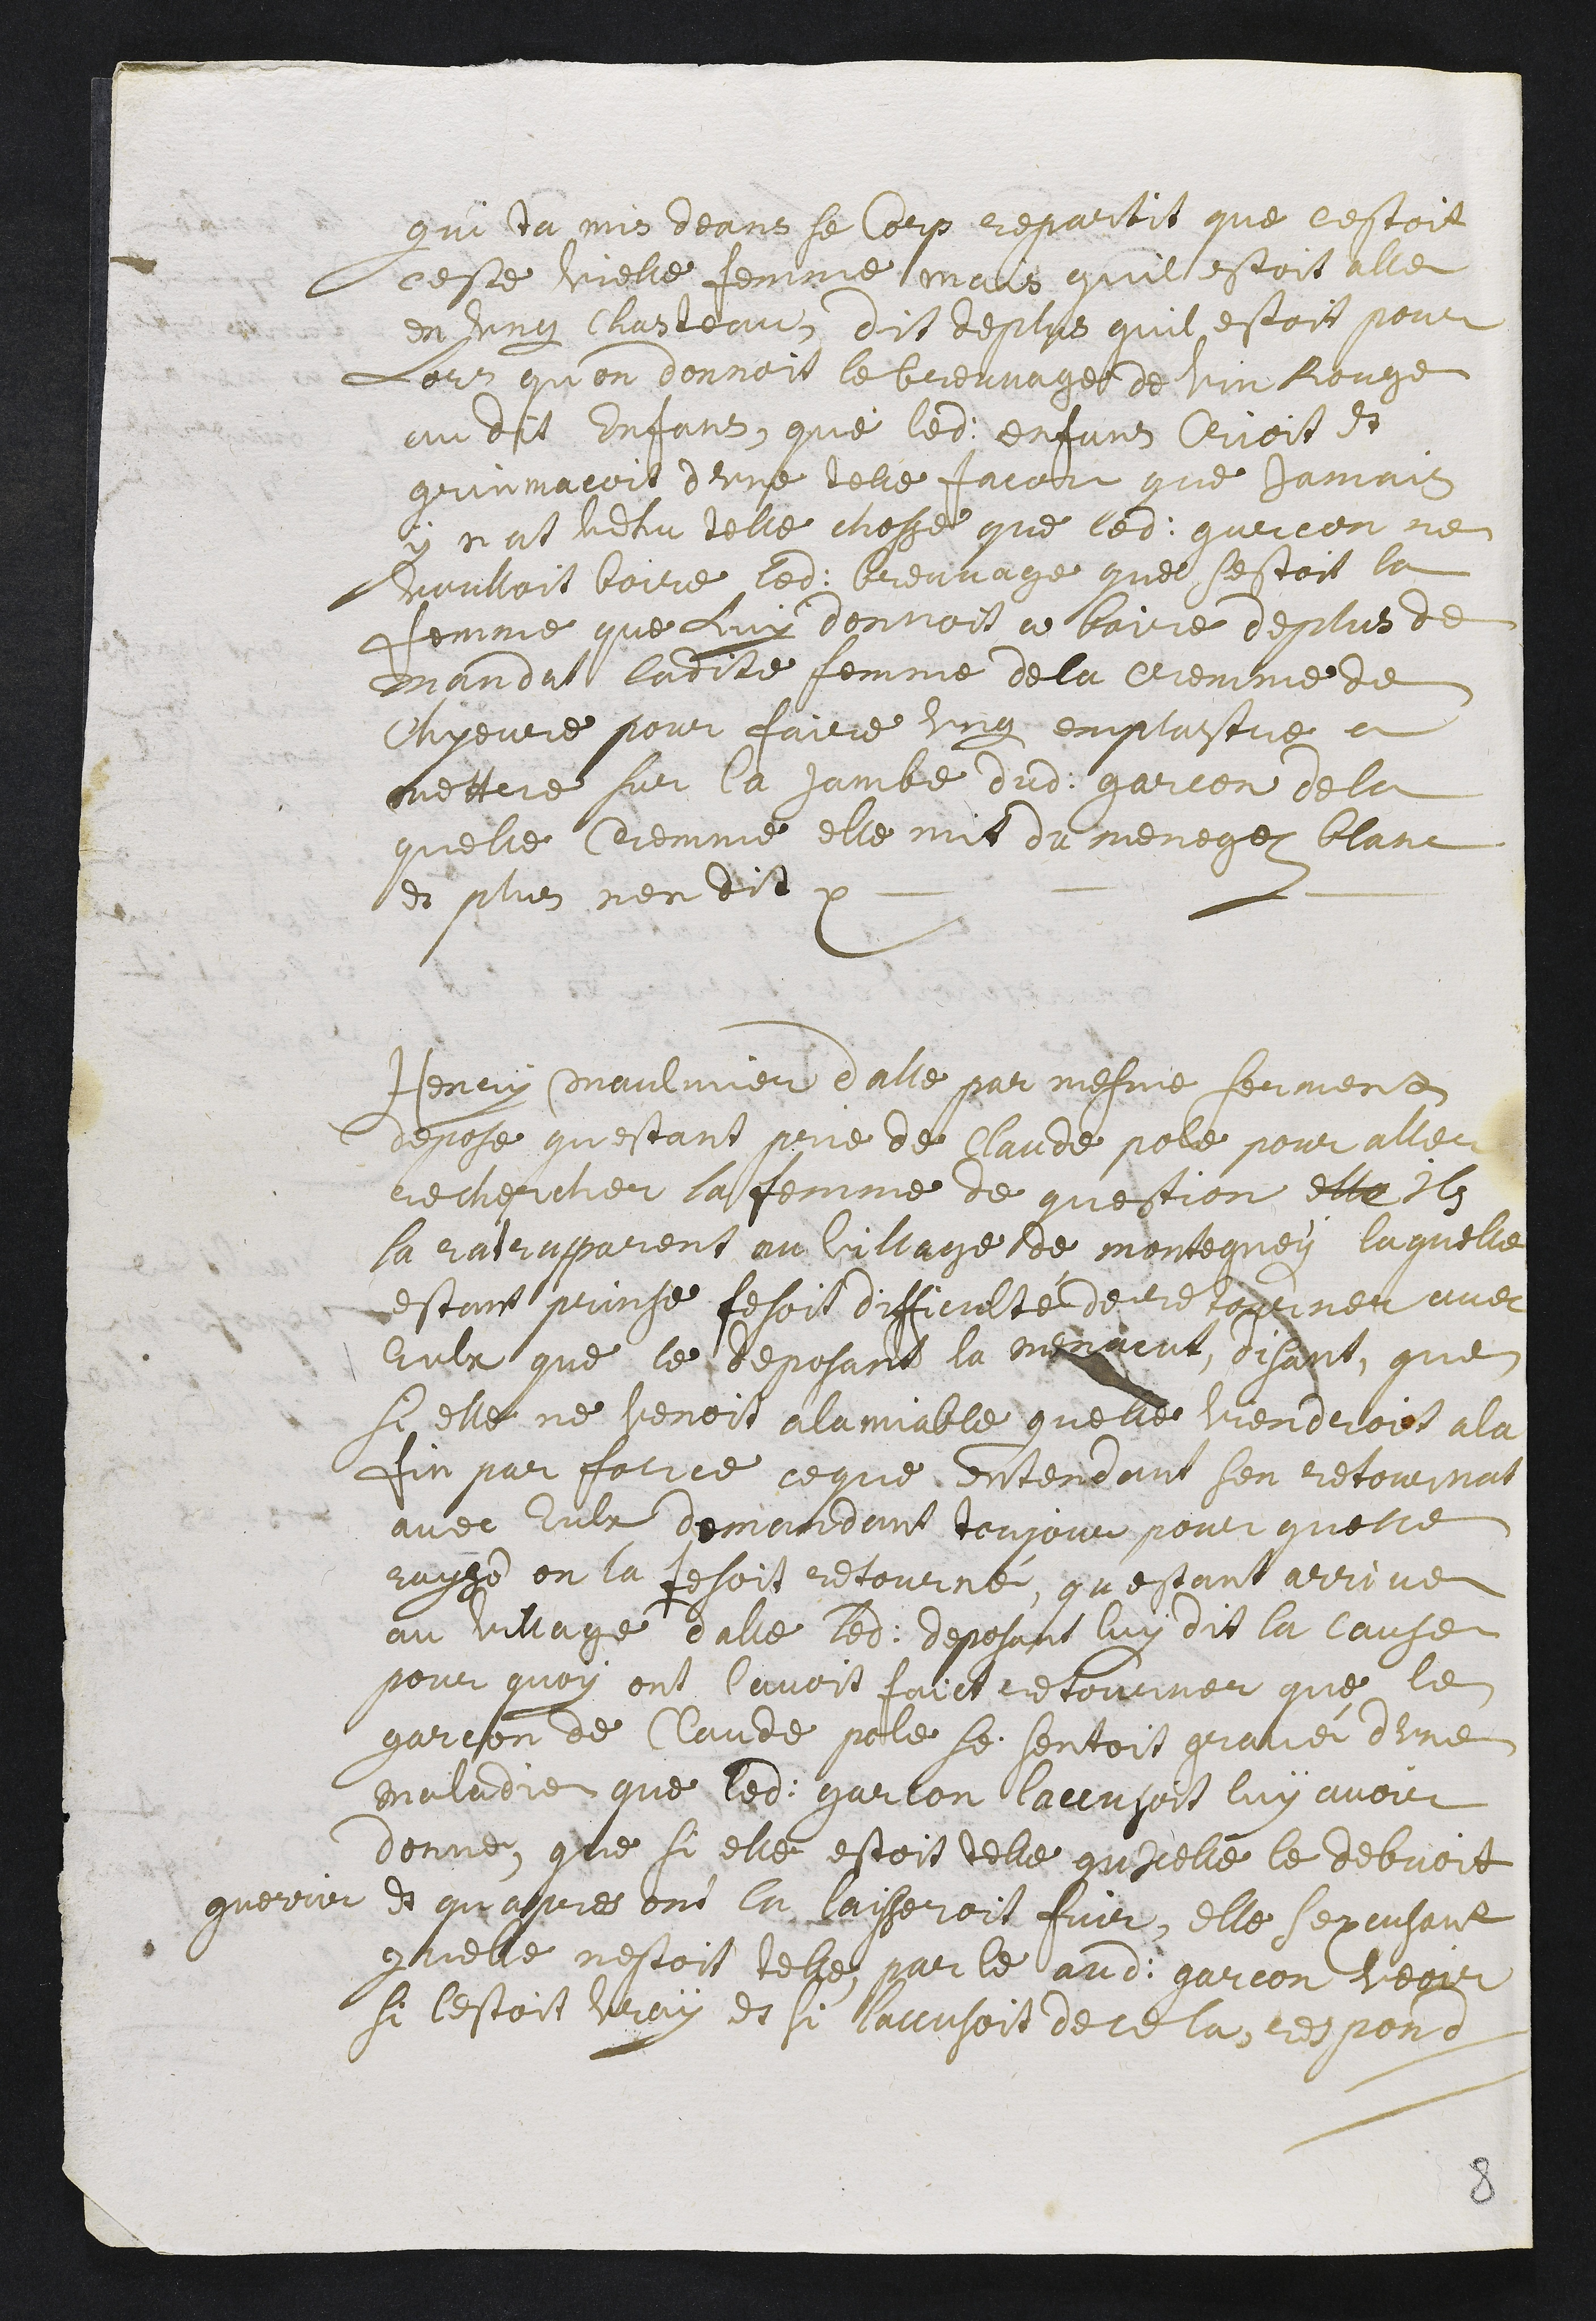
qui t’a mis deans se corp. Repartit que c’estoit
ceste vielle femme mais qu’il estoit aller
en ung chasteau. Dit deplus qu’il estoit pour
lors qu’on donnoit le breuvage de vin rouge
audit enfans, que ledit enfans crioit et
grimacoit d’une telle facon que jamais
y n’at vehu telle chosse que ledit garcon ne
voulloit boire ledit breuvage, que s’estoit la
femme que luy donnoit a boire. De plus de-
mandat ladite femme dela cremme de
chyevre pour faire ung emplastre a
mettre sur la jambre dudit garcon dela
quelle cremme elle mit du menegey blanc.
Et plus n’en dit.
Henry Maulmier d’Alle par mesme serment
depose qu’estant prié de Claude Pole pour aller
rechercher la femme de question elle ils
la ratrapparent au village de Montegney laquelle
estant prinse fesoit difficulté de retourner avec
eulx. Que le deposant la menacut, disant, que
si elle ne venoit a l’amiable, qu’elle viendroit a la
fin par force ce que entendant s’en retournat
avec eulx demandant toujours pour quelle
rayson on la fesoit retourné. Qu’estant arrivé
au village d’Alle ledit deposant luy dit la cause
pour quoy ont l’avoit faict retourner : que le
garcon de Claude Pole se sentoit gravé d’une
maladie que ledit garcon l’accusoit luy avoir
donné. Que si elle estoit telle qu’icelle, le debvoit
guerrir et qu’apres on la laisseroit fuir. Elle s’excusant
qu’elle n’estoit telle, par le audit garcon veoir
si l’estoit vray et si l’accusoit de ce la, respond